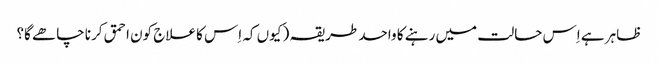
ظاہر ہے اِس حالت میں رہنے کا واحد طریقہ ( کیوں کہ اِس کا علاج کون احمق کرنا چاھے گا؟